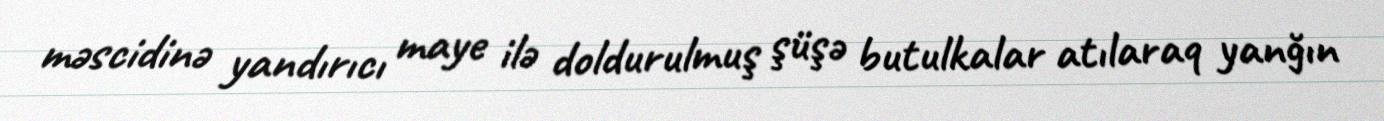
məscidinə yandırıcı maye ilə doldurulmuş şüşə butulkalar atılaraq yanğın